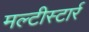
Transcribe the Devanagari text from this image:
मल्टीस्टार्र